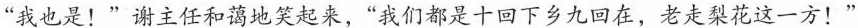
“我也是!”谢主任和蔼地笑起来，“我们都是十回下乡九回在，老走梨花这一方!”